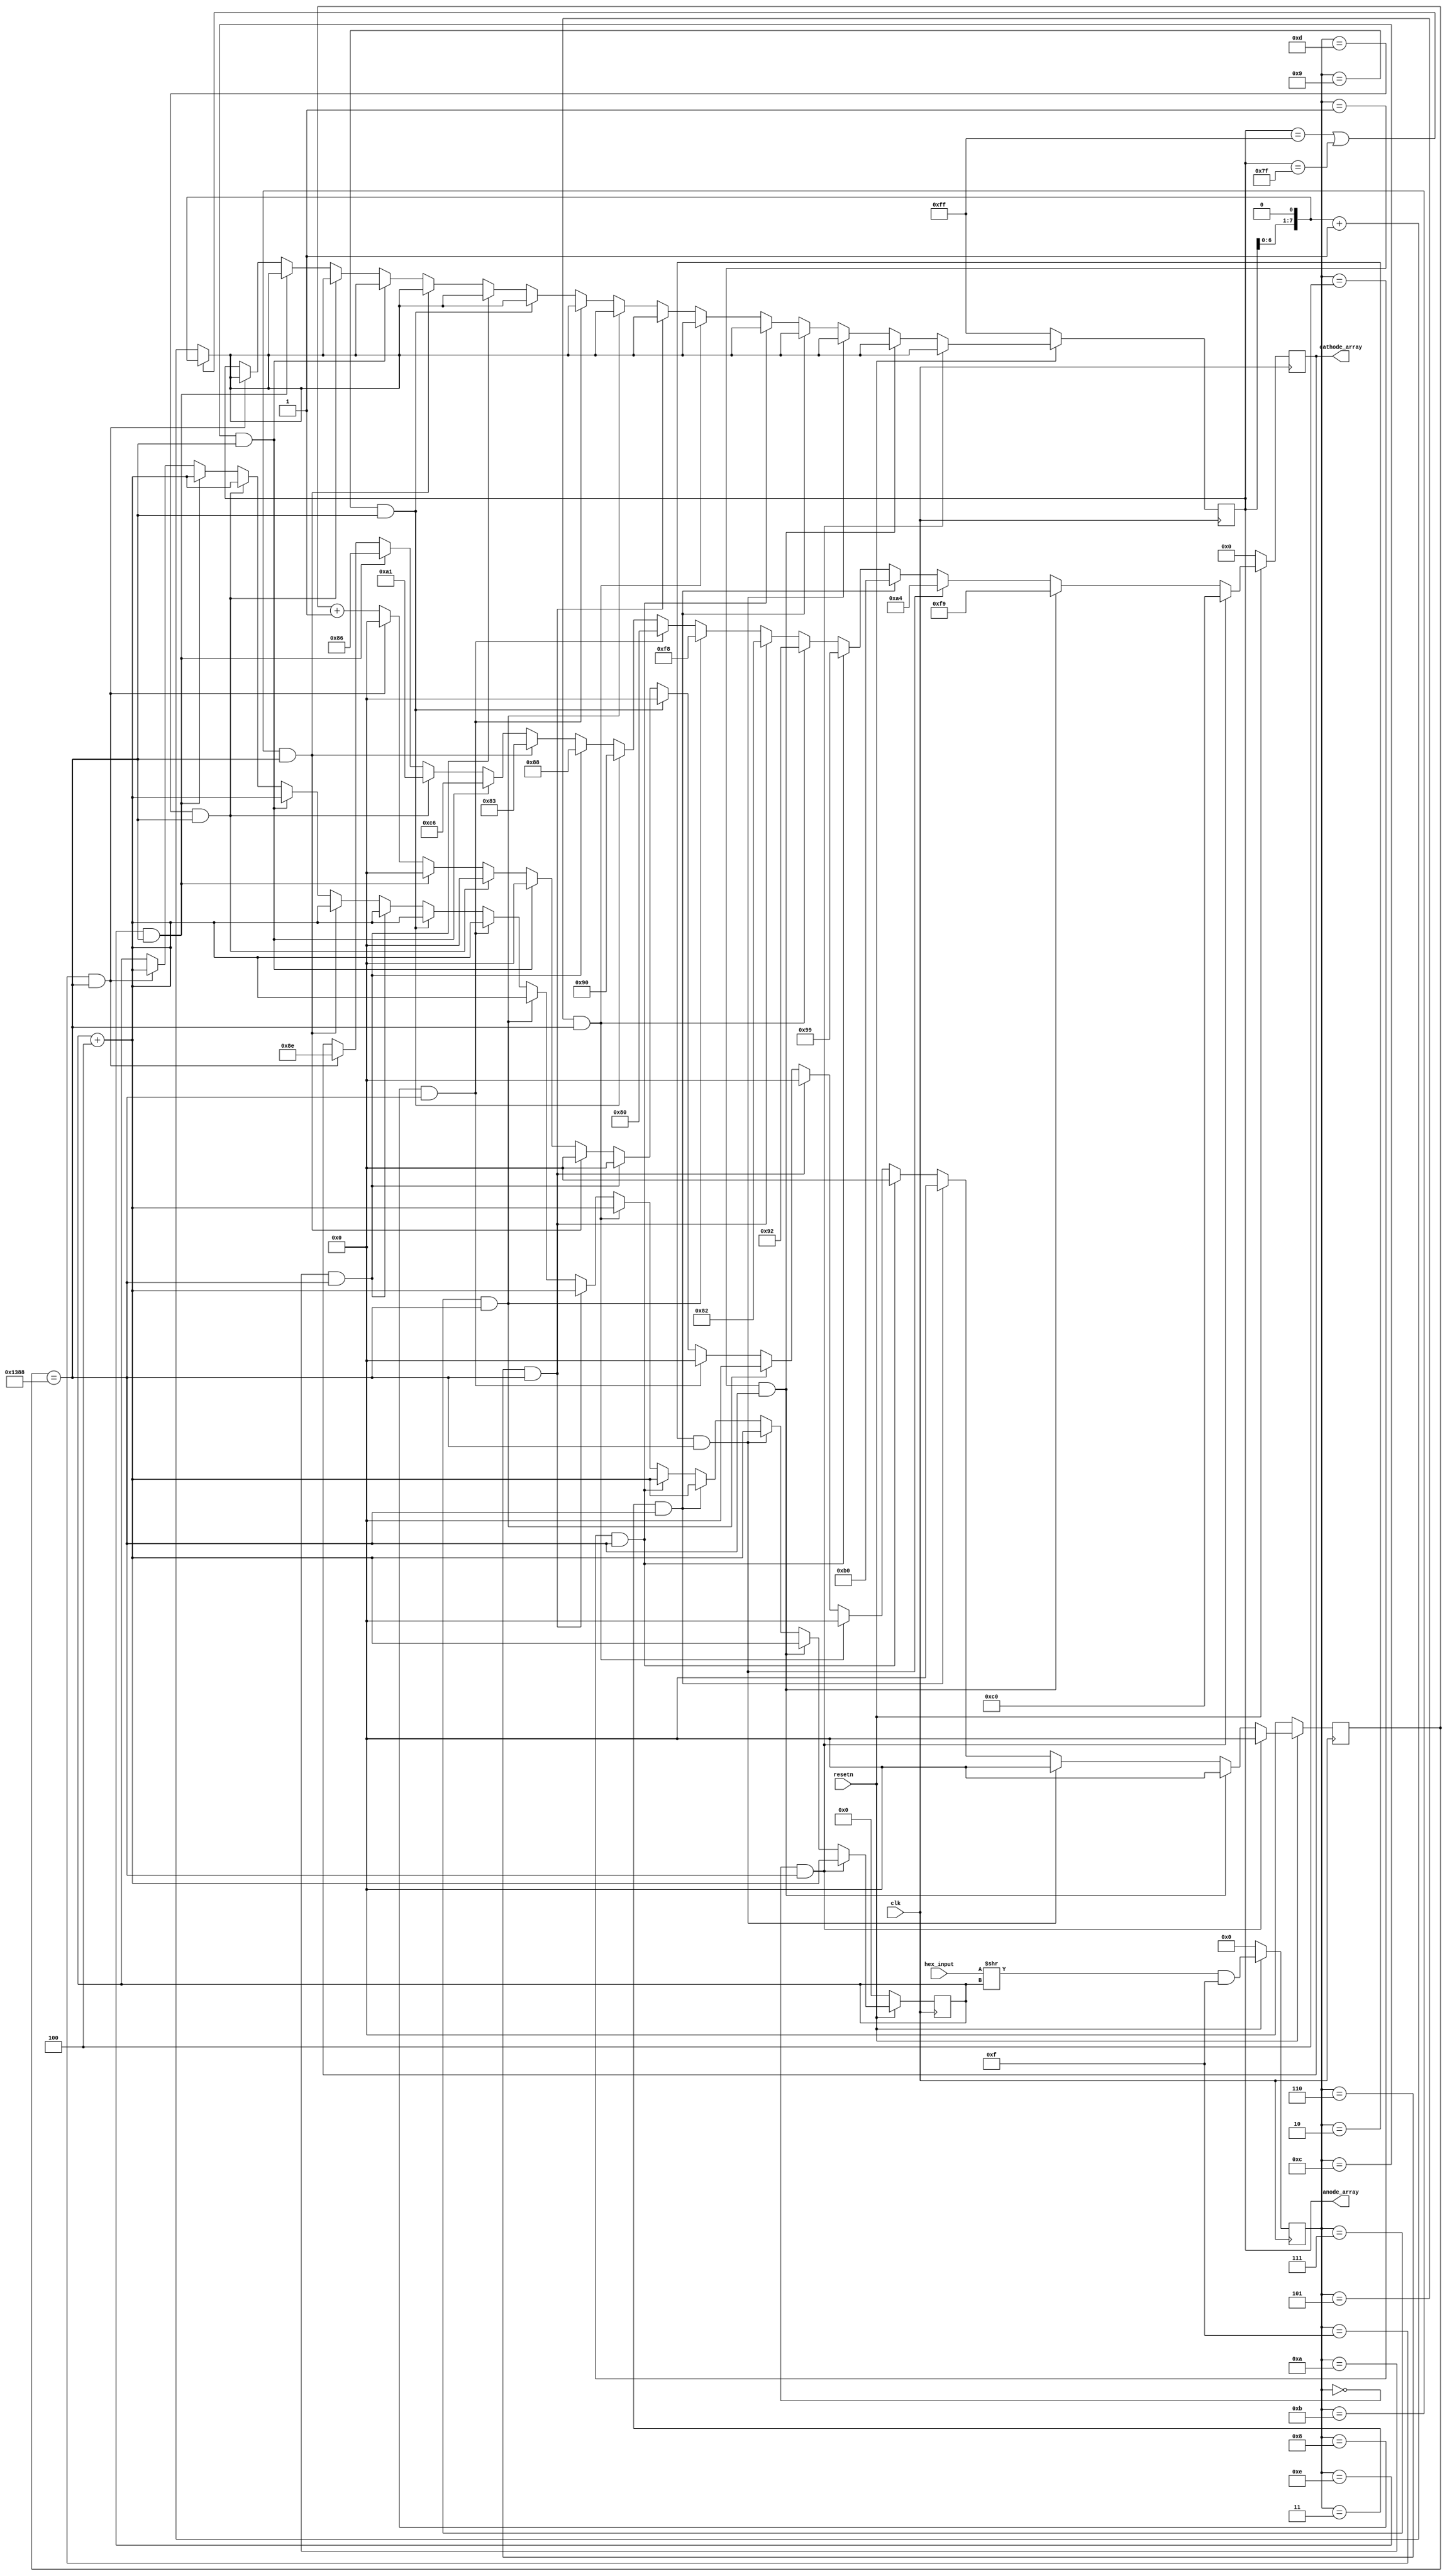
`timescale 1 ns / 1 ps

`ifndef segment_hexz
`define segment_hexz
module segment_hexz(
    
    input clk,
    input resetn,
    input [15:0] hex_input,

    output reg [7:0] cathode_array,
    output reg [7:0] anode_array
);

    parameter ZERO = 8'b11000000;
    parameter ONE = 8'b11111001;
    parameter TWO = 8'b10100100;
    parameter THREE = 8'b10110000;
    parameter FOUR = 8'b10011001;
    parameter FIVE = 8'b10010010;
    parameter SIX = 8'b10000010;
    parameter SEVEN = 8'b11111000;
    parameter EIGHT = 8'b10000000;
    parameter NINE = 8'b10010000;

    parameter A = 8'b10001000;
    parameter B = 8'b10000011;
    parameter C = 8'b11000110;
    parameter D = 8'b10100001;
    parameter E = 8'b10000110;
    parameter F = 8'b10001110;

    parameter DELAY = 5000;

    reg[7:0] anode_array_output;
    reg[15:0] hex_input_bank;
    reg[31:0] counter; 
    reg[4:0] shift;         
    reg[3:0] word_compare;       
    reg[2:0] iter;
    
    always @ (posedge clk) begin
        if(resetn) begin
            counter <= counter + 1;
            word_compare <= (hex_input>>shift)&4'b1111;
            case(1)
                word_compare == 4'b0000 && counter == DELAY: begin
                    cathode_array <= ZERO;
                    shift <= shift + 4;
                    counter <= 0;
                    if(anode_array == 8'b11111111 || anode_array == 8'b01111111) begin
                        anode_array <= (anode_array << 1);
                    end else begin
                        anode_array <= (anode_array << 1) + 1;
                    end
                end
                word_compare == 4'b0001 && counter == DELAY: begin
                    cathode_array <= ONE;
                    shift <= shift + 4;
                    counter <= 0;
                    if(anode_array == 8'b11111111 || anode_array == 8'b01111111) begin
                        anode_array <= (anode_array << 1);
                    end else begin
                        anode_array <= (anode_array << 1) + 1;
                    end
                end
                word_compare == 4'b0010 && counter == DELAY: begin
                    cathode_array <= TWO;
                    shift <= shift + 4;
                    counter <= 0;
                    if(anode_array == 8'b11111111 || anode_array == 8'b01111111) begin
                        anode_array <= (anode_array << 1);
                    end else begin
                        anode_array <= (anode_array << 1) + 1;
                    end
                end
                word_compare == 4'b0011 && counter == DELAY: begin
                    cathode_array <= THREE;
                    shift <= shift + 4;
                    counter <= 0;
                    if(anode_array == 8'b11111111 || anode_array == 8'b01111111) begin
                        anode_array <= (anode_array << 1);
                    end else begin
                        anode_array <= (anode_array << 1) + 1;
                    end
                end
                word_compare == 4'b0100 && counter == DELAY: begin
                    cathode_array <= FOUR;
                    shift <= shift + 4;
                    counter <= 0;
                     if(anode_array == 8'b11111111 || anode_array == 8'b01111111) begin
                        anode_array <= (anode_array << 1);
                    end else begin
                        anode_array <= (anode_array << 1) + 1;
                    end
                end
                word_compare == 4'b0101 && counter == DELAY: begin
                    cathode_array <= FIVE;
                    shift <= shift + 4;
                    counter <= 0;
                    if(anode_array == 8'b11111111 || anode_array == 8'b01111111) begin
                        anode_array <= (anode_array << 1);
                    end else begin
                        anode_array <= (anode_array << 1) + 1;
                    end
                end
                word_compare == 4'b0110 && counter == DELAY: begin
                    cathode_array <= SIX;
                    shift <= shift + 4;
                    counter <= 0;
                    if(anode_array == 8'b11111111 || anode_array == 8'b01111111) begin
                        anode_array <= (anode_array << 1);
                    end else begin
                        anode_array <= (anode_array << 1) + 1;
                    end
                end
                word_compare == 4'b0111 && counter == DELAY: begin
                    cathode_array <= SEVEN;
                    shift <= shift + 4;
                    counter <= 0;
                    if(anode_array == 8'b11111111 || anode_array == 8'b01111111) begin
                        anode_array <= (anode_array << 1);
                    end else begin
                        anode_array <= (anode_array << 1) + 1;
                    end
                end
                word_compare == 4'b1000 && counter == DELAY: begin
                    cathode_array <= EIGHT;
                    shift <= shift + 4;
                    counter <= 0;
                    if(anode_array == 8'b11111111 || anode_array == 8'b01111111) begin
                        anode_array <= (anode_array << 1);
                    end else begin
                        anode_array <= (anode_array << 1) + 1;
                    end
                end
                word_compare == 4'b1001 && counter == DELAY: begin
                    cathode_array <= NINE;
                    shift <= shift + 4;
                    counter <= 0;
                    if(anode_array == 8'b11111111 || anode_array == 8'b01111111) begin
                        anode_array <= (anode_array << 1);
                    end else begin
                        anode_array <= (anode_array << 1) + 1;
                    end
                end
                word_compare == 4'b1010 && counter == DELAY: begin
                    cathode_array <= A;
                    shift <= shift + 4;
                    counter <= 0;
                    if(anode_array == 8'b11111111 || anode_array == 8'b01111111) begin
                        anode_array <= (anode_array << 1);
                    end else begin
                        anode_array <= (anode_array << 1) + 1;
                    end
                end
                word_compare == 4'b1011 && counter == DELAY: begin
                    cathode_array <= B;
                    shift <= shift + 4;
                    counter <= 0;
                    if(anode_array == 8'b11111111 || anode_array == 8'b01111111) begin
                        anode_array <= (anode_array << 1);
                    end else begin
                        anode_array <= (anode_array << 1) + 1;
                    end
                end
                word_compare == 4'b1100 && counter == DELAY: begin
                    cathode_array <= C;
                    shift <= shift + 4;
                    counter <= 0;
                    if(anode_array == 8'b11111111 || anode_array == 8'b01111111) begin
                        anode_array <= (anode_array << 1);
                    end else begin
                        anode_array <= (anode_array << 1) + 1;
                    end
                end
                word_compare == 4'b1101 && counter == DELAY: begin
                    cathode_array <= D;
                    shift <= shift + 4;
                    counter <= 0;
                    if(anode_array == 8'b11111111 || anode_array == 8'b01111111) begin
                        anode_array <= (anode_array << 1);
                    end else begin
                        anode_array <= (anode_array << 1) + 1;
                    end
                end
                word_compare == 4'b1110 && counter == DELAY: begin
                    cathode_array <= E;
                    shift <= shift + 4;
                    counter <= 0;
                    if(anode_array == 8'b11111111 || anode_array == 8'b01111111) begin
                        anode_array <= (anode_array << 1);
                    end else begin
                        anode_array <= (anode_array << 1) + 1;
                    end
                end
                word_compare == 4'b1111 && counter == DELAY: begin
                    cathode_array <= F;
                    shift <= shift + 4;
                    counter <= 0;
                    if(anode_array == 8'b11111111 || anode_array == 8'b01111111) begin
                        anode_array <= (anode_array << 1);
                    end else begin
                        anode_array <= (anode_array << 1) + 1;
                    end
                end
                
            endcase 
        end else begin
            anode_array <= 8'b11111111;
            cathode_array <= 8'b00000000;
            counter <= 0;
            shift <= 0;
            word_compare <= 0;
            iter <= 0;
        end
    end
endmodule
`endif